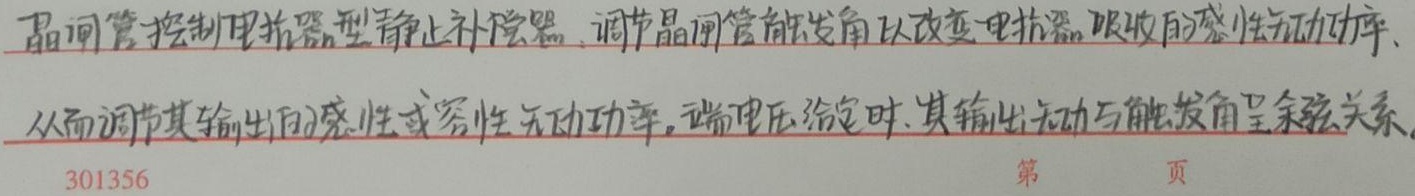
晶闸管控制电抗器型静止补偿器，调节晶闸管触发角以改变电抗器吸收的感性无功功率，从而调节其输出的感性或容性无功功率。端电压给定时，其输出无功与触发角呈余弦关系。301356第  页